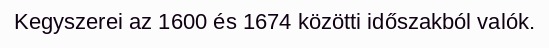
Kegyszerei az 1600 és 1674 közötti időszakból valók.